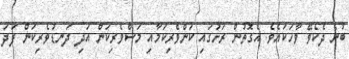
ބުނެ ދެކެވޭ ވާހަކައެވެ. އެގޮތުން ރަށުގައި ކަންވެރިކަމާއި މަސްވެރިކަން އަދި ދަނޑުވެރިކަން ފަދަ